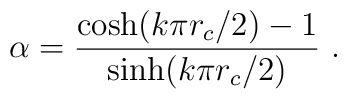
\alpha=\frac{\cosh(k\pi r_{c}/2)- 1}{\sinh(k\pi r_{c}/2)}\ .